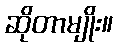
ဆိုတာမျိုး။